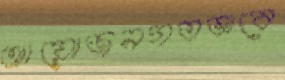
আয়োজনগতভাবে